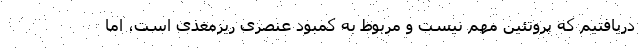
دریافتیم که پروتئین مهم نیست و مربوط به کمبود عنصری ریزمغذی است، اما